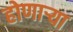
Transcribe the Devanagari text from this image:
होणार्‍या